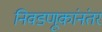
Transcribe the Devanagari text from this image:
निवडणूकांनंतर